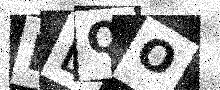
Text: IDQO